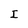
Character: I